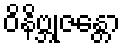
ဝိနိဗ္ဘုဇန္တော